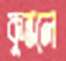
কুন্তলে